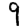
Digit: 9